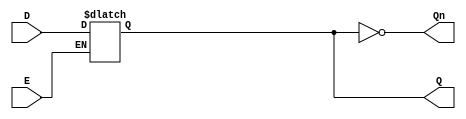
module LatchRegister (
    input wire D,      // Data Input
    input wire E,      // Enable Signal
    output reg Q,      // Output Q
    output wire Qn     // Complementary Output (not Q)
);

// Assign the complementary output
assign Qn = ~Q;

// Always block to implement the latch behavior
always @(*) begin
    if (E) begin
        Q = D;  // Capture the input data when Enable is high
    end
    // If E is low, Q retains its previous state (no assignment needed)
end

endmodule